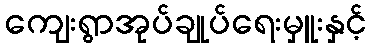
ကျေးရွာအုပ်ချုပ်ရေးမှူးနှင့်